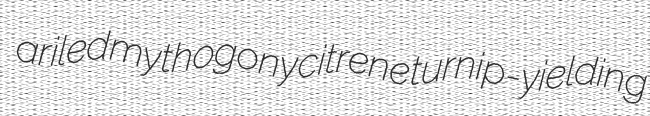
ariled mythogony citrene turnip-yielding